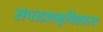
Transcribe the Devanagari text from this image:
सप्तदशभूमिशास्त्र